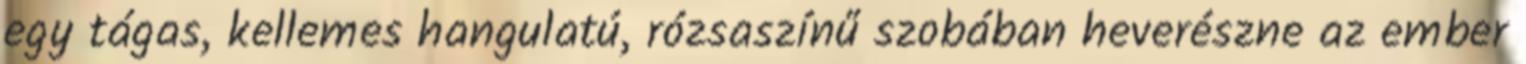
egy tágas, kellemes hangulatú, rózsaszínű szobában heverészne az ember